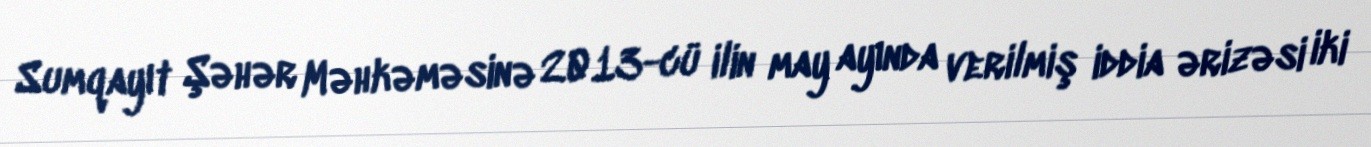
Sumqayıt Şəhər Məhkəməsinə 2013-cü ilin may ayında verilmiş iddia ərizəsi iki